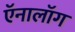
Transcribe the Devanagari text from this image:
ऍनालॉग